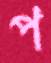
প